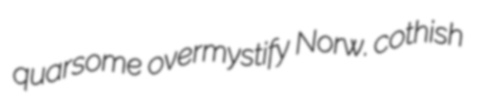
quarsome overmystify Norw. cothish